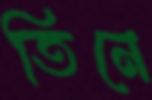
তিনে